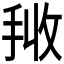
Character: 𭠰